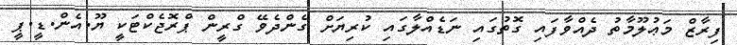
ފިރާޒް މަޢުލޫމާތު ދެއްވާފައި ގޮތުގައި ނަޑެއްލާގައި ކުރިޔަށް ގެންދެވޭ ގްރީން ޕްރޮޖެކްޓަކީ ޔޫ.އެން.ޑީ.ޕީ